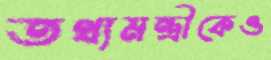
তথ্যমন্ত্রীকেও